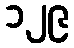
၁၂၉